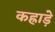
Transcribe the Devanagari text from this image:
कह्राड़े